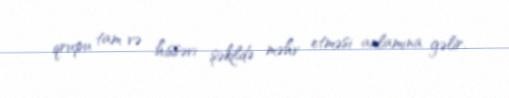
qrupu tam və hissəvi şəkildə məhv etməsi anlamına gəlir.